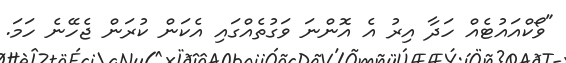
"ވޯކްއައުޓެއް ހަދާ އިރު އެ އޮންނަ ވަގުތެއްގައި އެކަން ކުރަން ޖެހޭނެ ހަމަ.